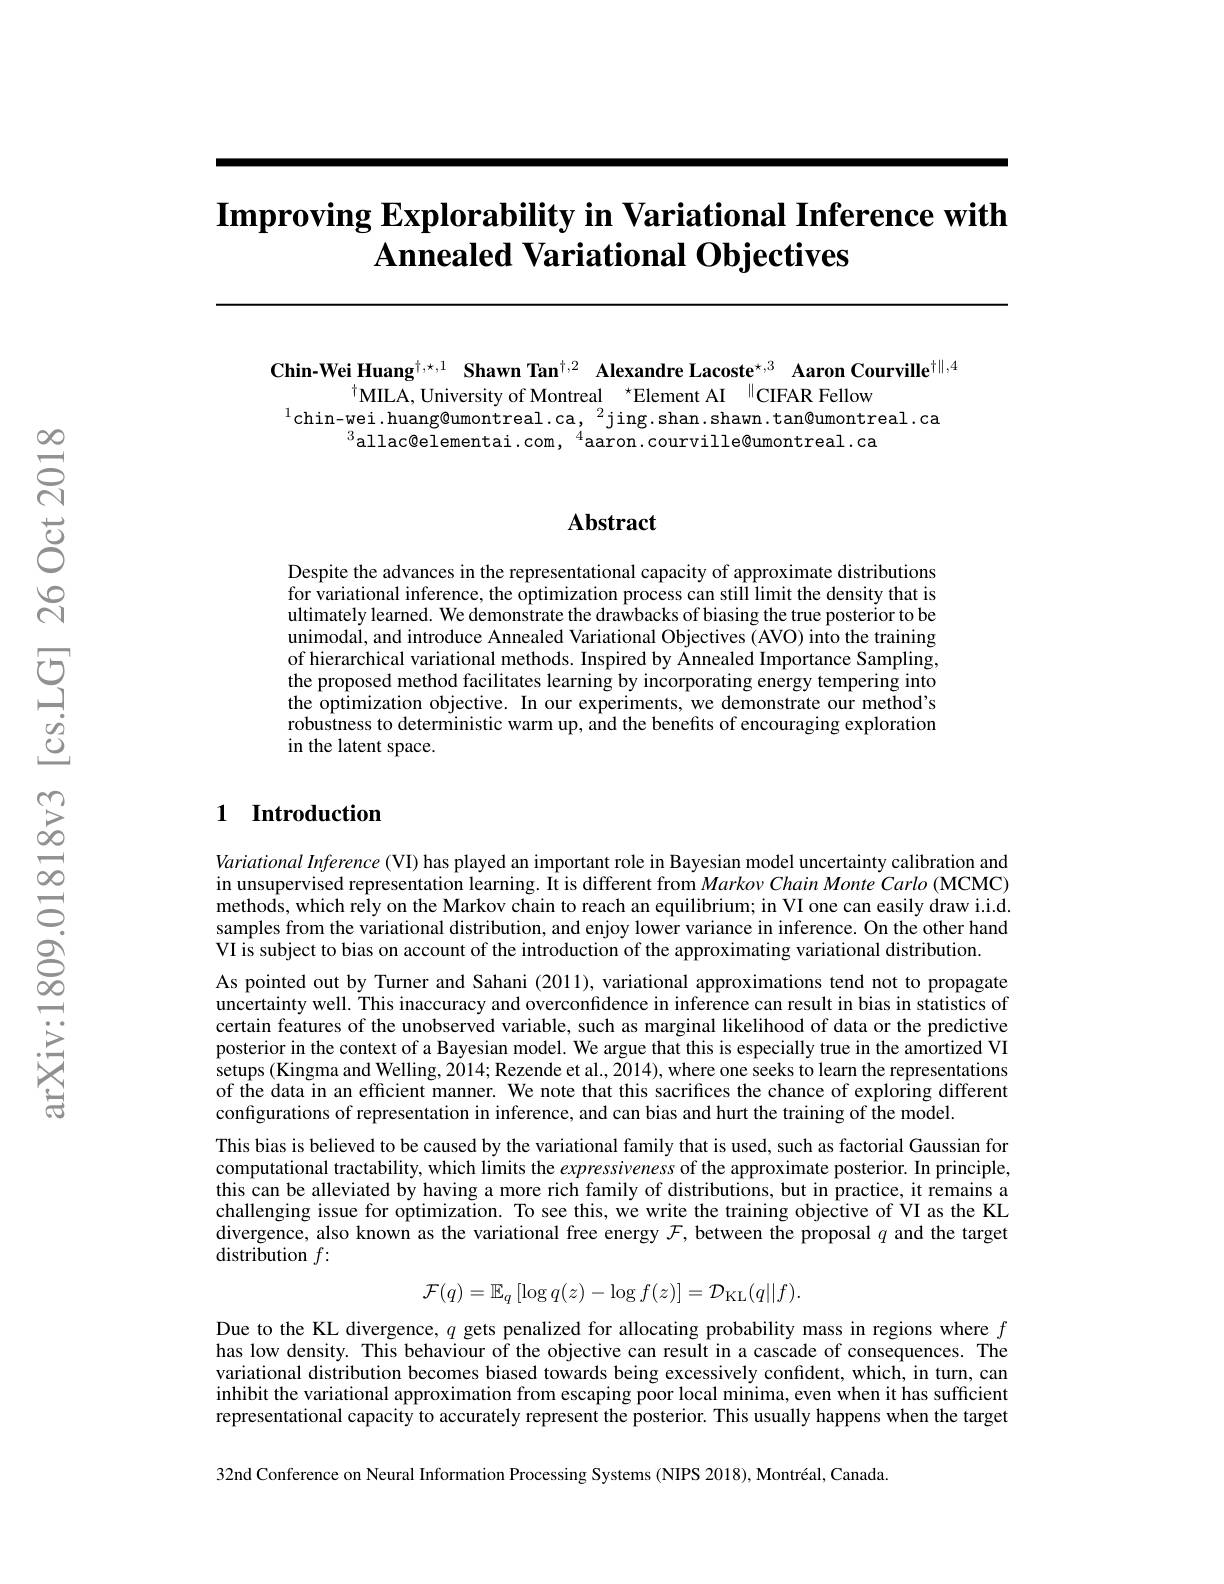
# $\textbf{Improving Explorability in Variational Inference with}$ $\textbf{Annealed Variational Objectives}$

Chin-Wei Huang$^{\dagger,\star,1}\textbf{ Shawn Tan}^{\dagger,2}$ Alexandre Lacoste$^{\star,3}$ Aaron Courville$^{\dagger\|,4}$
$^{\dagger}$MILA, University of Montreal $^\star$Element AI$^{\parallel}$CIFAR Fellow
$^{1}$chin-wei.huang@umontreal.ca,$^2$jing.shan.shawn.tan@umontreal.ca
$^{3}$allac@elementai.com,$^4$aaron.courville@umontreal.ca

## $\mathbf{Abstract}$

Despite the advances in the representational capacity of approximate distributions for variational inference, the optimization process can still limit the density that is ultimately learned. We demonstrate the drawbacks of biasing the true posterior to be unimodal, and introduce Annealed Variational Objectives (AVO) into the training of hierarchical variational methods. Inspired by Annealed Importance Sampling, the proposed method facilitates learning by incorporating energy tempering into the optimization objective. In our experiments, we demonstrate our method's robustness to deterministic warm up, and the benefits of encouraging exploration in the latent space.

# 1 Introduction

Variational Inference (VI) has played an important role in Bayesian model uncertainty calibration and in unsupervised representation learning. It is different from $Marko\nu Chain~Monte~Carlo~(\mathbf{MCMC})$ methods, which rely on the Markov chain to reach an equilibrium; in VI one can easily draw i.i.d. samples from the variational distribution, and enjoy lower variance in inference. On the other hand VI is subject to bias on account of the introduction of the approximating variational distribution.
As pointed out by Turner and Sahani (2011), variational approximations tend not to propagate uncertainty well. This inaccuracy and overconfidence in inference can result in bias in statistics of certain features of the unobserved variable, such as marginal likelihood of data or the predictive posterior in the context of a Bayesian model. We argue that this is especially true in the amortized VI setups (Kingma and Welling, 2014; Rezende et al., 2014), where one seeks to learn the representations of the data in an efficient manner. We note that this sacrifices the chance of exploring different configurations of representation in inference, and can bias and hurt the training of the model.
This bias is believed to be caused by the variational family that is used, such as factorial Gaussian for computational tractability, which limits the expressiveness of the approximate posterior. In principle, this can be alleviated by having a more rich family of distributions, but in practice, it remains a challenging issue for optimization. To see this, we write the training objective of VI as the KL divergence, also known as the variational free energy $\mathcal{F}$, between the proposal $q$ and the target distribution $f:$
$$\mathcal{F}(q)=\mathbb{E}_{q}\left[\log q(z)-\log f(z)\right]=\mathcal{D}_{\mathrm{KL}}(q||f).$$
Due to the KL divergence, $q$ gets penalized for allocating probability mass in regions where $f$ has low density. This behaviour of the objective can result in a cascade of consequences. The variational distribution becomes biased towards being excessively confident, which, in turn, can inhibit the variational approximation from escaping poor local minima, even when it has sufficient representational capacity to accurately represent the posterior. This usually happens when the target 32nd Conference on Neural Information Processing Systems (NIPS 2018), Montréal, Canada